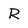
Character: R